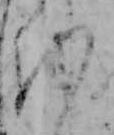
を